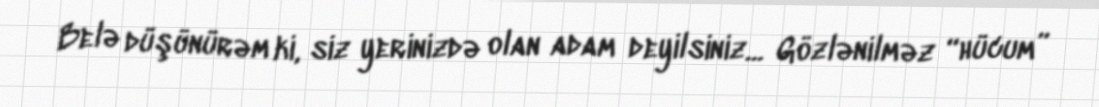
Belə düşünürəm ki, siz yerinizdə olan adam deyilsiniz... Gözlənilməz “hücum”